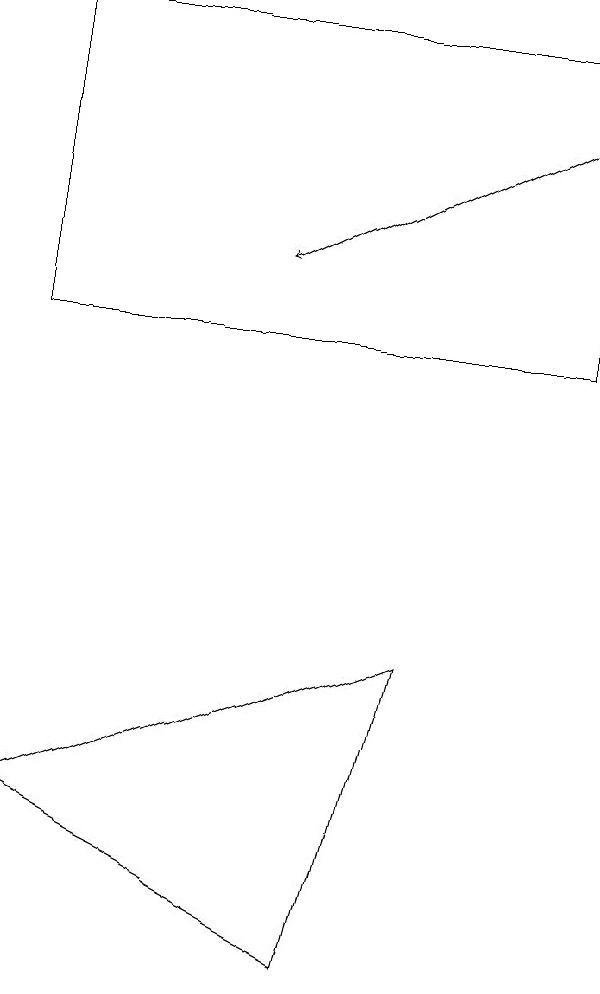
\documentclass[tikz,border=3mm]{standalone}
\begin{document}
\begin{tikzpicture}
\draw (4,2) -- (0,4) -- (5,6) -- cycle;
\draw[->] (7,13) -- (3,11);
\draw (7,10) rectangle (0,14);
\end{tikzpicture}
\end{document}